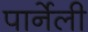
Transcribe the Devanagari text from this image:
पार्नेली